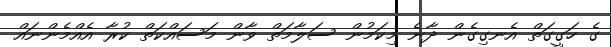
ގެ ހަގީގަތް އެނގިގެން ދާނެ މިކަމުން ސަލާމަތް ވާން މަސައްކަތް ކުރާ އެއްމެންނައް